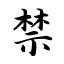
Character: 禁